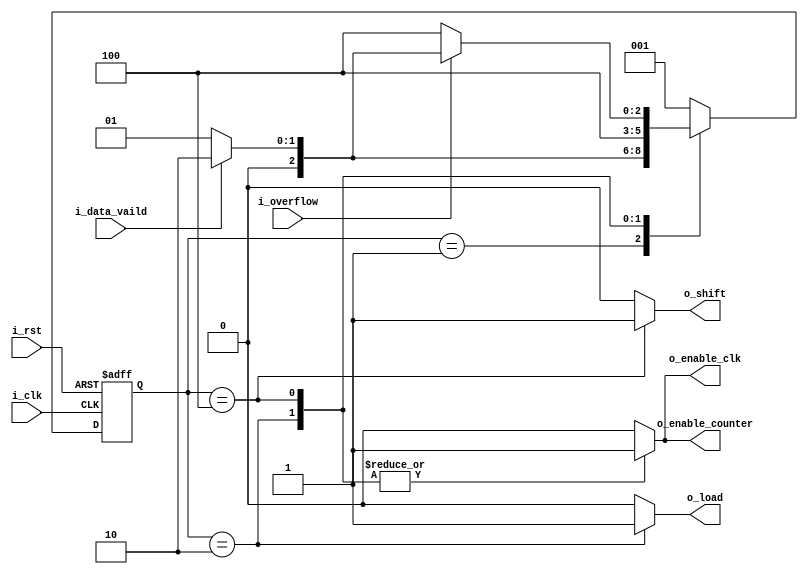
module ControlUnit #(parameter states_num = 3)(
    input   wire    i_clk,i_rst,
    input   wire    i_data_vaild,i_overflow,
    output  reg    o_load,o_shift,o_enable_counter,o_enable_clk

);
localparam  IDLE =  3'b001,
            LOAD =  3'b010,
            TRANS = 3'b100;

reg [2:0]       current_state,next_state;


always@ (posedge i_clk , negedge i_rst)
 begin
    if(!i_rst)
     begin
        current_state <= IDLE;
     end
    else
     begin
        current_state <= next_state;
     end
 end

 always@ (*)
  begin
    case(current_state)
        IDLE : 
         begin
            if(i_data_vaild)
             begin
                next_state <= LOAD;
             end
            else
             begin
                next_state <= IDLE;
             end
         end
        
        LOAD :
         begin
            next_state <= TRANS;
         end

        TRANS : 
         begin
            if(!i_overflow)
             begin
                next_state <= TRANS;
             end
            else if (i_data_vaild)
             begin
                next_state <= LOAD;
             end
            else
             begin
                next_state <= IDLE;
             end
        end
        default :
            next_state <= IDLE;
    endcase
  end

always@ (*)
 begin
    case(current_state)
        IDLE : 
            begin
                o_enable_clk = 1'b0;
                o_load = 1'b0;
                o_shift = 1'b0;
                o_enable_counter = 1'b0;
            end
        LOAD : 
            begin
                o_enable_clk = 1'b1;
                o_load = 1'b1;
                o_shift = 1'b0;
                o_enable_counter = 1'b1;
            end
        TRANS : 
            begin
                o_enable_clk = 1'b1;
                o_load = 1'b0;
                o_shift = 1'b1;
                o_enable_counter = 1'b1;
            end
        default : 
            begin
                o_enable_clk = 1'b0;
                o_load = 1'b0;
                o_shift = 1'b0;
                o_enable_counter = 1'b0;
            end

     endcase
end
endmodule